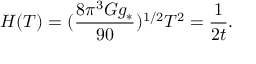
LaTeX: H ( T ) = ( { \frac { 8 \pi ^ { 3 } G g _ { * } } { 9 0 } } ) ^ { 1 / 2 } T ^ { 2 } = { \frac { 1 } { 2 t } } .